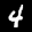
Label: 4